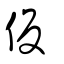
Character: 仮